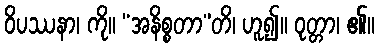
ဝိပဿနာ၊ ကို။ “အနိစ္စတာ”တိ၊ ဟူ၍။ ဝုတ္တာ၊ ၏။